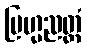
ဗြဟ္မညတ္ထံ